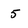
Character: 5